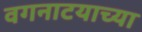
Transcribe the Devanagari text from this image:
वगनाटयाच्या